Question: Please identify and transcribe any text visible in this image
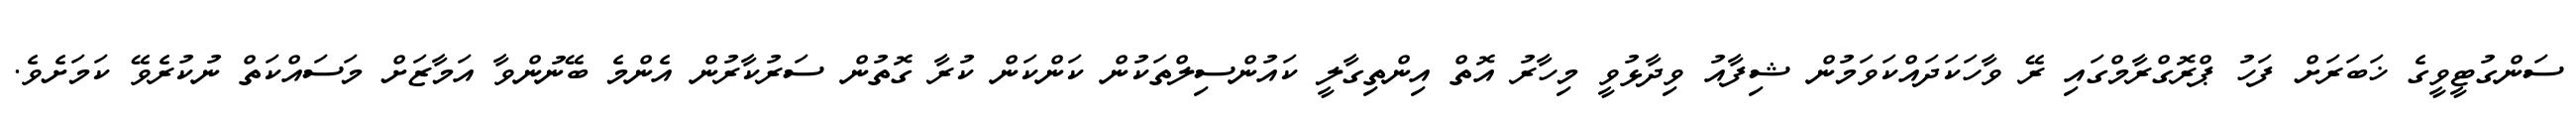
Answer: ސަންގުޓީވީގެ ޚަބަރަށް ފަހު ޕްރޮގްރާމްގައި ރޭ ވާހަކަދައްކަވަމުން ޝިފާއު ވިދާޅުވީ މިހާރު އޮތް އިންތިގާލީ ކައުންސިލްތަކުން ކަންކަން ކުރާ ގޮތުން ސަރުކާރުން އެންމެ ބޭނުންވާ އަމާޒަށް މަސައްކަތް ނުކުރެވޭ ކަމަށެވެ.